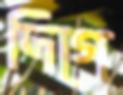
দিগে